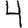
Digit: 4